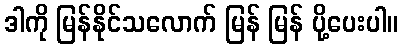
ဒါကို မြန်နိုင်သလောက် မြန် မြန် ပို့ပေးပါ။